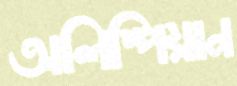
অলিম্পিয়ান